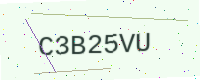
Text: C3B25VU